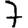
Digit: 7